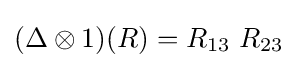
(\Delta \otimes 1)(R)=R_{13}\ R_{23}